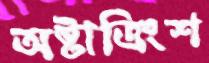
অষ্টাত্রিংশ